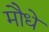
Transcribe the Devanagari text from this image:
मौधे